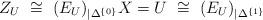
LaTeX: \begin{align*}Z_U~\cong~ (E_U)_{|\Delta^{\{0\}}}X=U~\cong~(E_U)_{|\Delta^{\{1\}}}\end{align*}